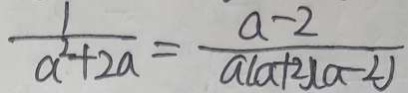
\frac { 1 } { a ^ { 2 } + 2 a } = \frac { a - 2 } { a ( a + 2 ) ( a - 2 ) }